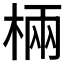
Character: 𣓈